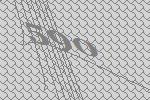
590